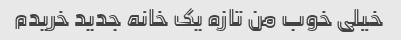
خیلی خوب من تازه یک خانه جدید خریدم